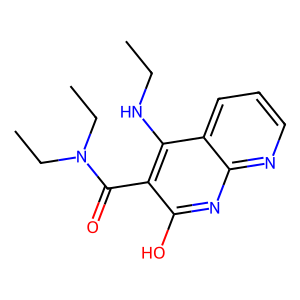
SMILES: CCNc1c(C(=O)N(CC)CC)c(O)nc2ncccc12
Inhibits HIV replication: No